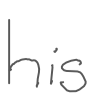
Text: his
Cross-out: clean
Writing tool: digital_gray